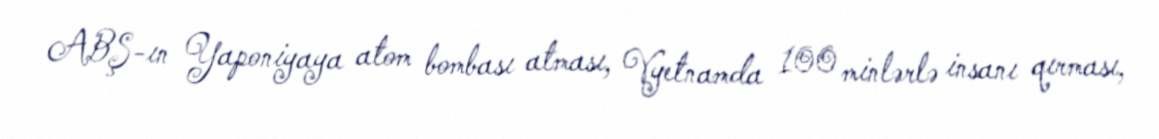
ABŞ-ın Yaponiyaya atom bombası atması, Vyetnamda 100 minlərlə insanı qırması,